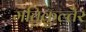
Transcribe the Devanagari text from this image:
मंतिकुल्तैर